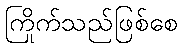
ကြိုက်သည်ဖြစ်စေ